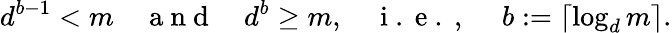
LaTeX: d^{b-1}<m\quad\mathrm{~a~n~d~}\quad d^{b}\geq m,\quad\mathrm{~i~.~e~.~,~}\quad b:=\lceil\log_{d}m\rceil.